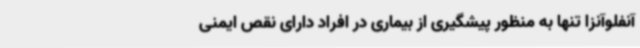
آنفلوآنزا تنها به‌ منظور پیشگیری از بیماری در افراد دارای نقص ایمنی